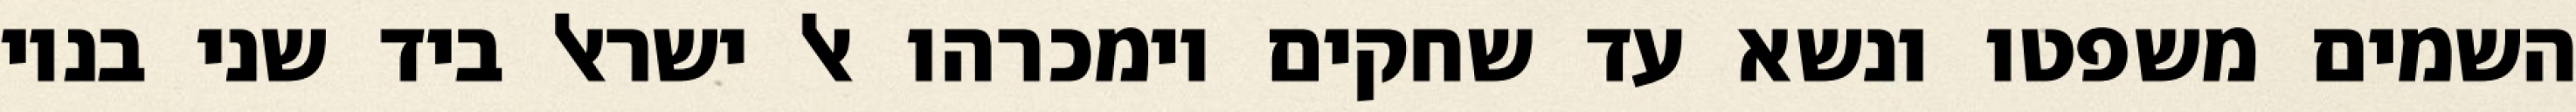
השמים משפטו ונשא עד שחקים וימכרהו אל ישראל ביד שני בניו